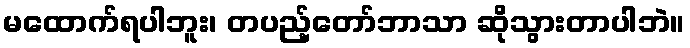
မထောက်ရပါဘူး၊ တပည့်တော်ဘာသာ ဆိုသွားတာပါဘဲ။